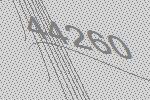
44260